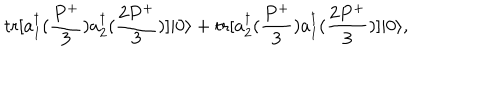
\mathrm { t r } [ a _ { 1 } ^ { \dagger } ( \frac { P ^ { + } } { 3 } ) a _ { 2 } ^ { \dagger } ( \frac { 2 P ^ { + } } { 3 } ) ] | 0 \rangle + \mathrm { t r } [ a _ { 2 } ^ { \dagger } ( \frac { P ^ { + } } { 3 } ) a _ { 1 } ^ { \dagger } ( \frac { 2 P ^ { + } } { 3 } ) ] | 0 \rangle ,